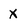
Character: x